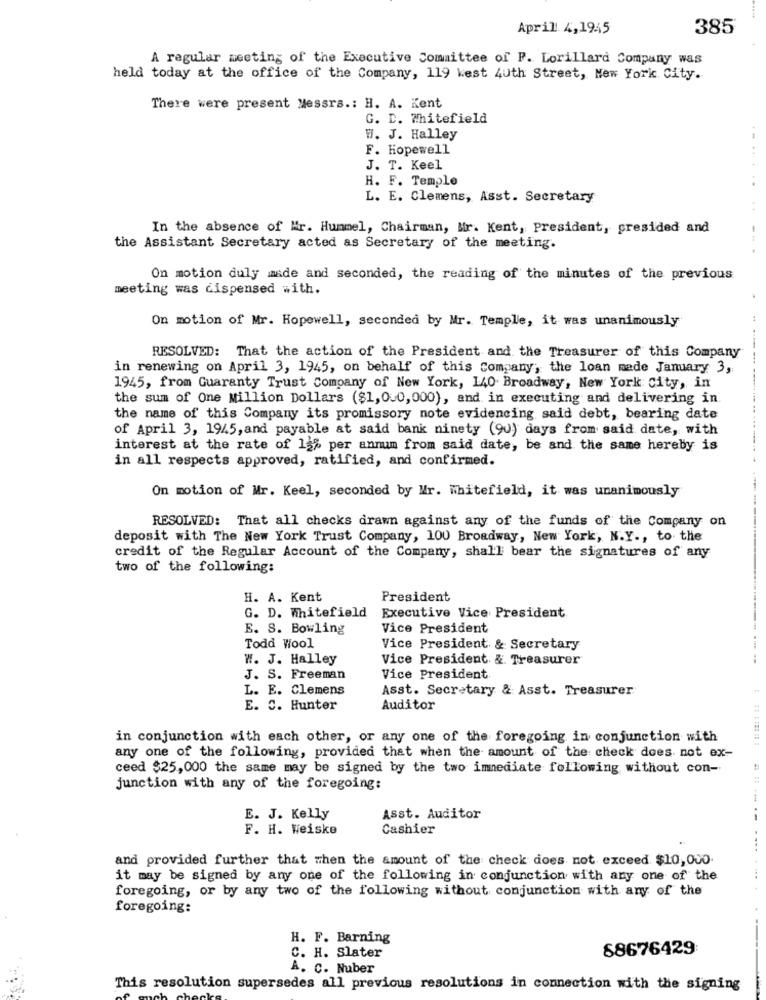
April. 4,1945
385
A regular meeting of the Executive Committee of P. Lorillard Company was
held today at the office of the Company, 119 kest 4uth Street, New York City.
There were present Messrs .: H. A. Kent
G. D. Whitefield
W. J. Halley
F. Hopewell
J. T. Keel
H. F. Temple
L. E. Clemens, Asst. Secretary
...
In the absence of Mr. Hummel, Chairman, Mr. Kent, President, presided and
the Assistant Secretary acted as Secretary of the meeting.
On motion duly made and seconded, the reading of the minutes of the previous
meeting was dispensed with.
On motion of Mr. Hopewell, seconded by Mr. Temple, it was unanimously
RESOLVED: That the action of the President and the Treasurer of this Company
in renewing on April 3, 1945, on behalf of this Company, the loan made January 3,
1945, from Guaranty Trust Company of New York, 140 Broadway, New York City, in
the sum of One Million Dollars ($1,000,000), and in executing and delivering in.
the name of this Company its promissory note evidencing said debt, bearing date
of April 3, 1945, and payable at said bank ninety (90) days from said date, with
interest at the rate of 12% per annum from said date, be and the same hereby is
in all respects approved, ratified, and confirmed.
On motion of Mr. Keel, seconded by Mr. Whitefield, it was unanimously
RESOLVED: That all checks drawn against any of the funds of the Company on
deposit with The New York Trust Company, 100 Broadway, New York, N.Y ., to the
credit of the Regular Account of the Company, shall bear the signatures of any
two of the following:
H. A. Kent
President
G. D. Whitefield Executive Vice President
E. S. Bowling
Vice President
Todd Wool
Vice President & Secretary
W. J. Halley
Vice President. & Treasurer
J. S. Freeman
Vice President
L. E. Clemens
Asst. Secretary & Asst. Treasurer
E. C. Hunter
Auditor
in conjunction with each other, or any one of the foregoing in conjunction with
any one of the following, provided that when the amount of the check does not ex-
ceed $25,000 the same may be signed by the two immediate following without con-
junction with any of the foregoing:
E. J. Kelly
Asst. Auditor
F. H. Weiske
Cashier
and provided further that when the amount of the check does not exceed $10,000.
it may be signed by any one of the following in conjunction with any one of the
foregoing, or by any two of the following without conjunction with any of the
foregoing:
H. F. Barning
88676429
C. H. Slater
A. C. Nuber
This resolution supersedes all previous resolutions in connection with the signing